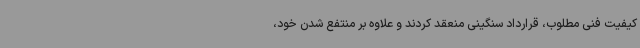
کیفیت فنی مطلوب، قرارداد سنگینی منعقد کردند و علاوه بر منتفع شدن خود،